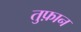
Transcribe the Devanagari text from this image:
तुफ़ान